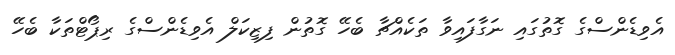
އެވިޑެންސްގެ ގޮތުގައި ނަގާފައިވާ ތަކެއްޗާ ބެހޭ ގޮތުން ފިޒިކަލް އެވިޑެންސްގެ ރިޕޯޓްތަކާ ބެހޭ